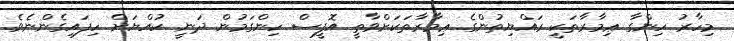
މިހާރު ހިންގާ ޢިމާރާތަކީ ރައްޔިތުންގެ ޢިމާރާތަކަށްވާތީ އޮފީސް ހިންގަމުން ދަނީ ކުއްޔަށް ހިފައިގެންނެވެ.